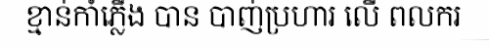
ខ្មាន់កាំភ្លើង បាន បាញ់ប្រហារ លើ ពលករ